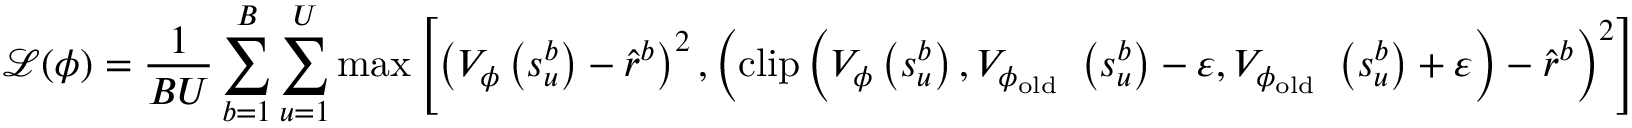
\mathcal { L } ( \boldsymbol { \phi } ) = \frac { 1 } { B U } \sum _ { b = 1 } ^ { B } \sum _ { u = 1 } ^ { U } \operatorname* { m a x } \left[ \left( V _ { \boldsymbol { \phi } } \left( s _ { u } ^ { b } \right) - \hat { r } ^ { b } \right) ^ { 2 } , \left( \operatorname { c l i p } \left( V _ { \boldsymbol { \phi } } \left( s _ { u } ^ { b } \right) , V _ { \boldsymbol { \phi } _ { \mathrm { o l d ~ } } } \left( s _ { u } ^ { b } \right) - \varepsilon , V _ { \boldsymbol { \phi } _ { \mathrm { o l d ~ } } } \left( s _ { u } ^ { b } \right) + \varepsilon \right) - \hat { r } ^ { b } \right) ^ { 2 } \right]